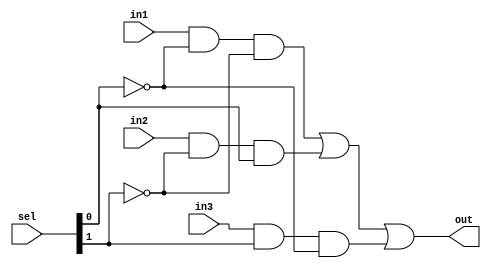
module mux3to1_1bit(input [1:0] sel, input in1, input in2, input in3, output out);
  wire notSel1, notSel2, A, B, C;
  not(notSel1, sel[0]);
  not(notSel2, sel[1]);
  and(A, in1, notSel1, notSel2);
  and(B, in2, notSel2, sel[0]);
  and(C, in3, sel[1], notSel1);
  or(out, A, B, C);
endmodule

module mux3to1(input [1:0] sel, input [31:0] A, input [31:0] B, input [31:0] C, output [31:0] result);
  mux3to1_1bit mux1(sel, A[0], B[0], C[0], result[0]);
  mux3to1_1bit mux2(sel, A[1], B[1], C[1], result[1]);
  mux3to1_1bit mux3(sel, A[2], B[2], C[2], result[2]);
  mux3to1_1bit mux4(sel, A[3], B[3], C[3], result[3]);
  mux3to1_1bit mux5(sel, A[4], B[4], C[4], result[4]);
  mux3to1_1bit mux6(sel, A[5], B[5], C[5], result[5]);
  mux3to1_1bit mux7(sel, A[6], B[6], C[6], result[6]);
  mux3to1_1bit mux8(sel, A[7], B[7], C[7], result[7]);
  mux3to1_1bit mux9(sel, A[8], B[8], C[8], result[8]);
  mux3to1_1bit mux10(sel, A[9], B[9], C[9], result[9]);
  mux3to1_1bit mux11(sel, A[10], B[10], C[10], result[10]);
  mux3to1_1bit mux12(sel, A[11], B[11], C[11], result[11]);
  mux3to1_1bit mux13(sel, A[12], B[12], C[12], result[12]);
  mux3to1_1bit mux14(sel, A[13], B[13], C[13], result[13]);
  mux3to1_1bit mux15(sel, A[14], B[14], C[14], result[14]);
  mux3to1_1bit mux16(sel, A[15], B[15], C[15], result[15]);
  mux3to1_1bit mux17(sel, A[16], B[16], C[16], result[16]);
  mux3to1_1bit mux18(sel, A[17], B[17], C[17], result[17]);
  mux3to1_1bit mux19(sel, A[18], B[18], C[18], result[18]);
  mux3to1_1bit mux20(sel, A[19], B[19], C[19], result[19]);
  mux3to1_1bit mux21(sel, A[20], B[20], C[20], result[20]);
  mux3to1_1bit mux22(sel, A[21], B[21], C[21], result[21]);
  mux3to1_1bit mux23(sel, A[22], B[22], C[22], result[22]);
  mux3to1_1bit mux24(sel, A[23], B[23], C[23], result[23]);
  mux3to1_1bit mux25(sel, A[24], B[24], C[24], result[24]);
  mux3to1_1bit mux26(sel, A[25], B[25], C[25], result[25]);
  mux3to1_1bit mux27(sel, A[26], B[26], C[26], result[26]);
  mux3to1_1bit mux28(sel, A[27], B[27], C[27], result[27]);
  mux3to1_1bit mux29(sel, A[28], B[28], C[28], result[28]);
  mux3to1_1bit mux30(sel, A[29], B[29], C[29], result[29]);
  mux3to1_1bit mux31(sel, A[30], B[30], C[30], result[30]);
  mux3to1_1bit mux32(sel, A[31], B[31], C[31], result[31]);
endmodule

module tb_mux3to1;
  reg [31:0] A, B, C;
  reg [1:0] select;
  wire [31:0] result;

  mux3to1 uut(select, A, B, C, result);
  initial begin
    A = 32'b0000_0000_0000_0000_0000_0000_0000_0000;
    B = 32'b0000_0000_0000_0000_0000_0000_0000_1111;
    C = 32'b0001_0001_1111_0000_1111_0000_0000_0000;
    select = 2'b00;
    #10
    select = 2'b01;
    #10
    select = 2'b10;
  end
  initial begin
    $monitor("time=%d",$time,"select=%b result=%d",select,result);
  end
endmodule